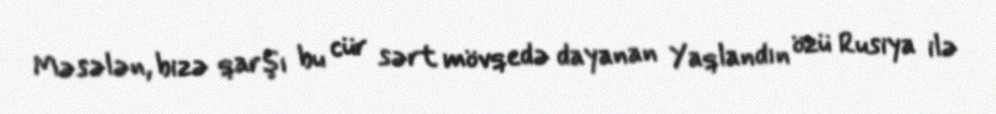
Məsələn, bizə qarşı bu cür sərt mövqedə dayanan Yaqlandın özü Rusiya ilə